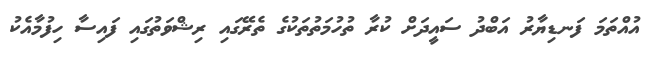
އުއްތަމަ ފަނޑިޔާރު އަބްދު ސައީދަށް ކުރާ ތުހުމަތުތަކުގެ ތެރޭގައި ރިޝްވަތުގައި ފައިސާ ހިފުމާއެކު